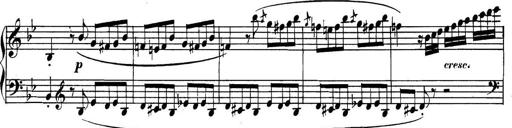
Title: Collected Piano Sonatas
Composer: Muzio Clementi